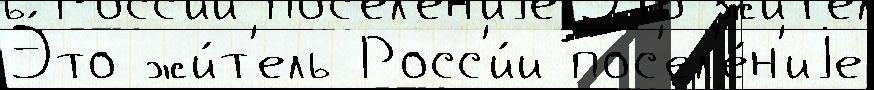
Э́то жи́т'ель Росс'и́и пос'ел'е́н'иjе